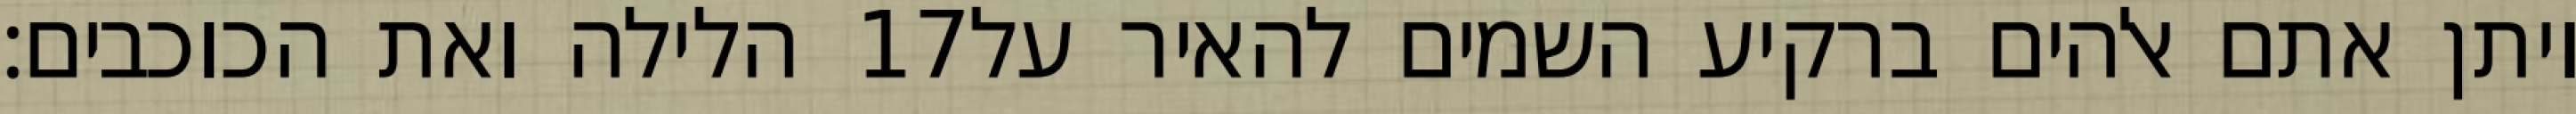
הלילה ואת הכוכבים׃ ‎17‏ ויתן אתם אלהים ברקיע השמים להאיר על